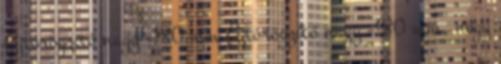
Ajtórögzítő nagy -180 mm Ajtórögzítő nagy -180 mm, négy